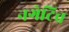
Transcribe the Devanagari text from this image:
नगेटिव